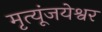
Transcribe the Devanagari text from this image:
मृत्यूंजयेश्वर